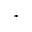
^ *